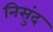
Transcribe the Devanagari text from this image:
निसुंद